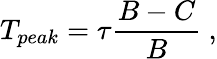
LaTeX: T_{peak}=\tau\frac{B-C}{B}~,